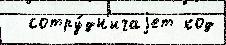
  сотру́дн'ичаjет код